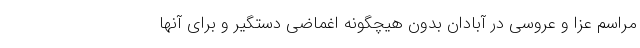
مراسم عزا و عروسی در آبادان بدون هیچگونه اغماضی دستگیر و برای آنها